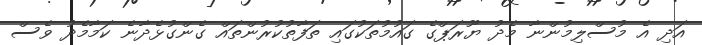
އަދި އެ މުސްލިމުންނާ މެދު ޔޫރަޕްގެ ގައުމުތަކުގައި ތަފާތުކުރުންތައް ގެންގުޅެދާނެ ކަމާމެދު ވެސް